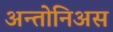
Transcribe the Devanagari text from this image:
अन्तोनिअस